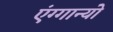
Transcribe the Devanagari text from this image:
एंग्गान्यो